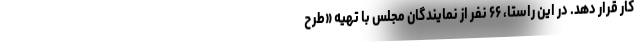
کار قرار دهد. در این راستا، ۶۶ نفر از نمایندگان مجلس با تهیه «طرحِ